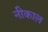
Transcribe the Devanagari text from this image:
नीकाल